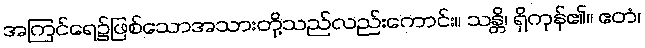
အကြင်ရေ၌ဖြစ်သောအသားတို့သည်လည်းကောင်း။ သန္တိ၊ ရှိကုန်၏။ ဧတံ၊